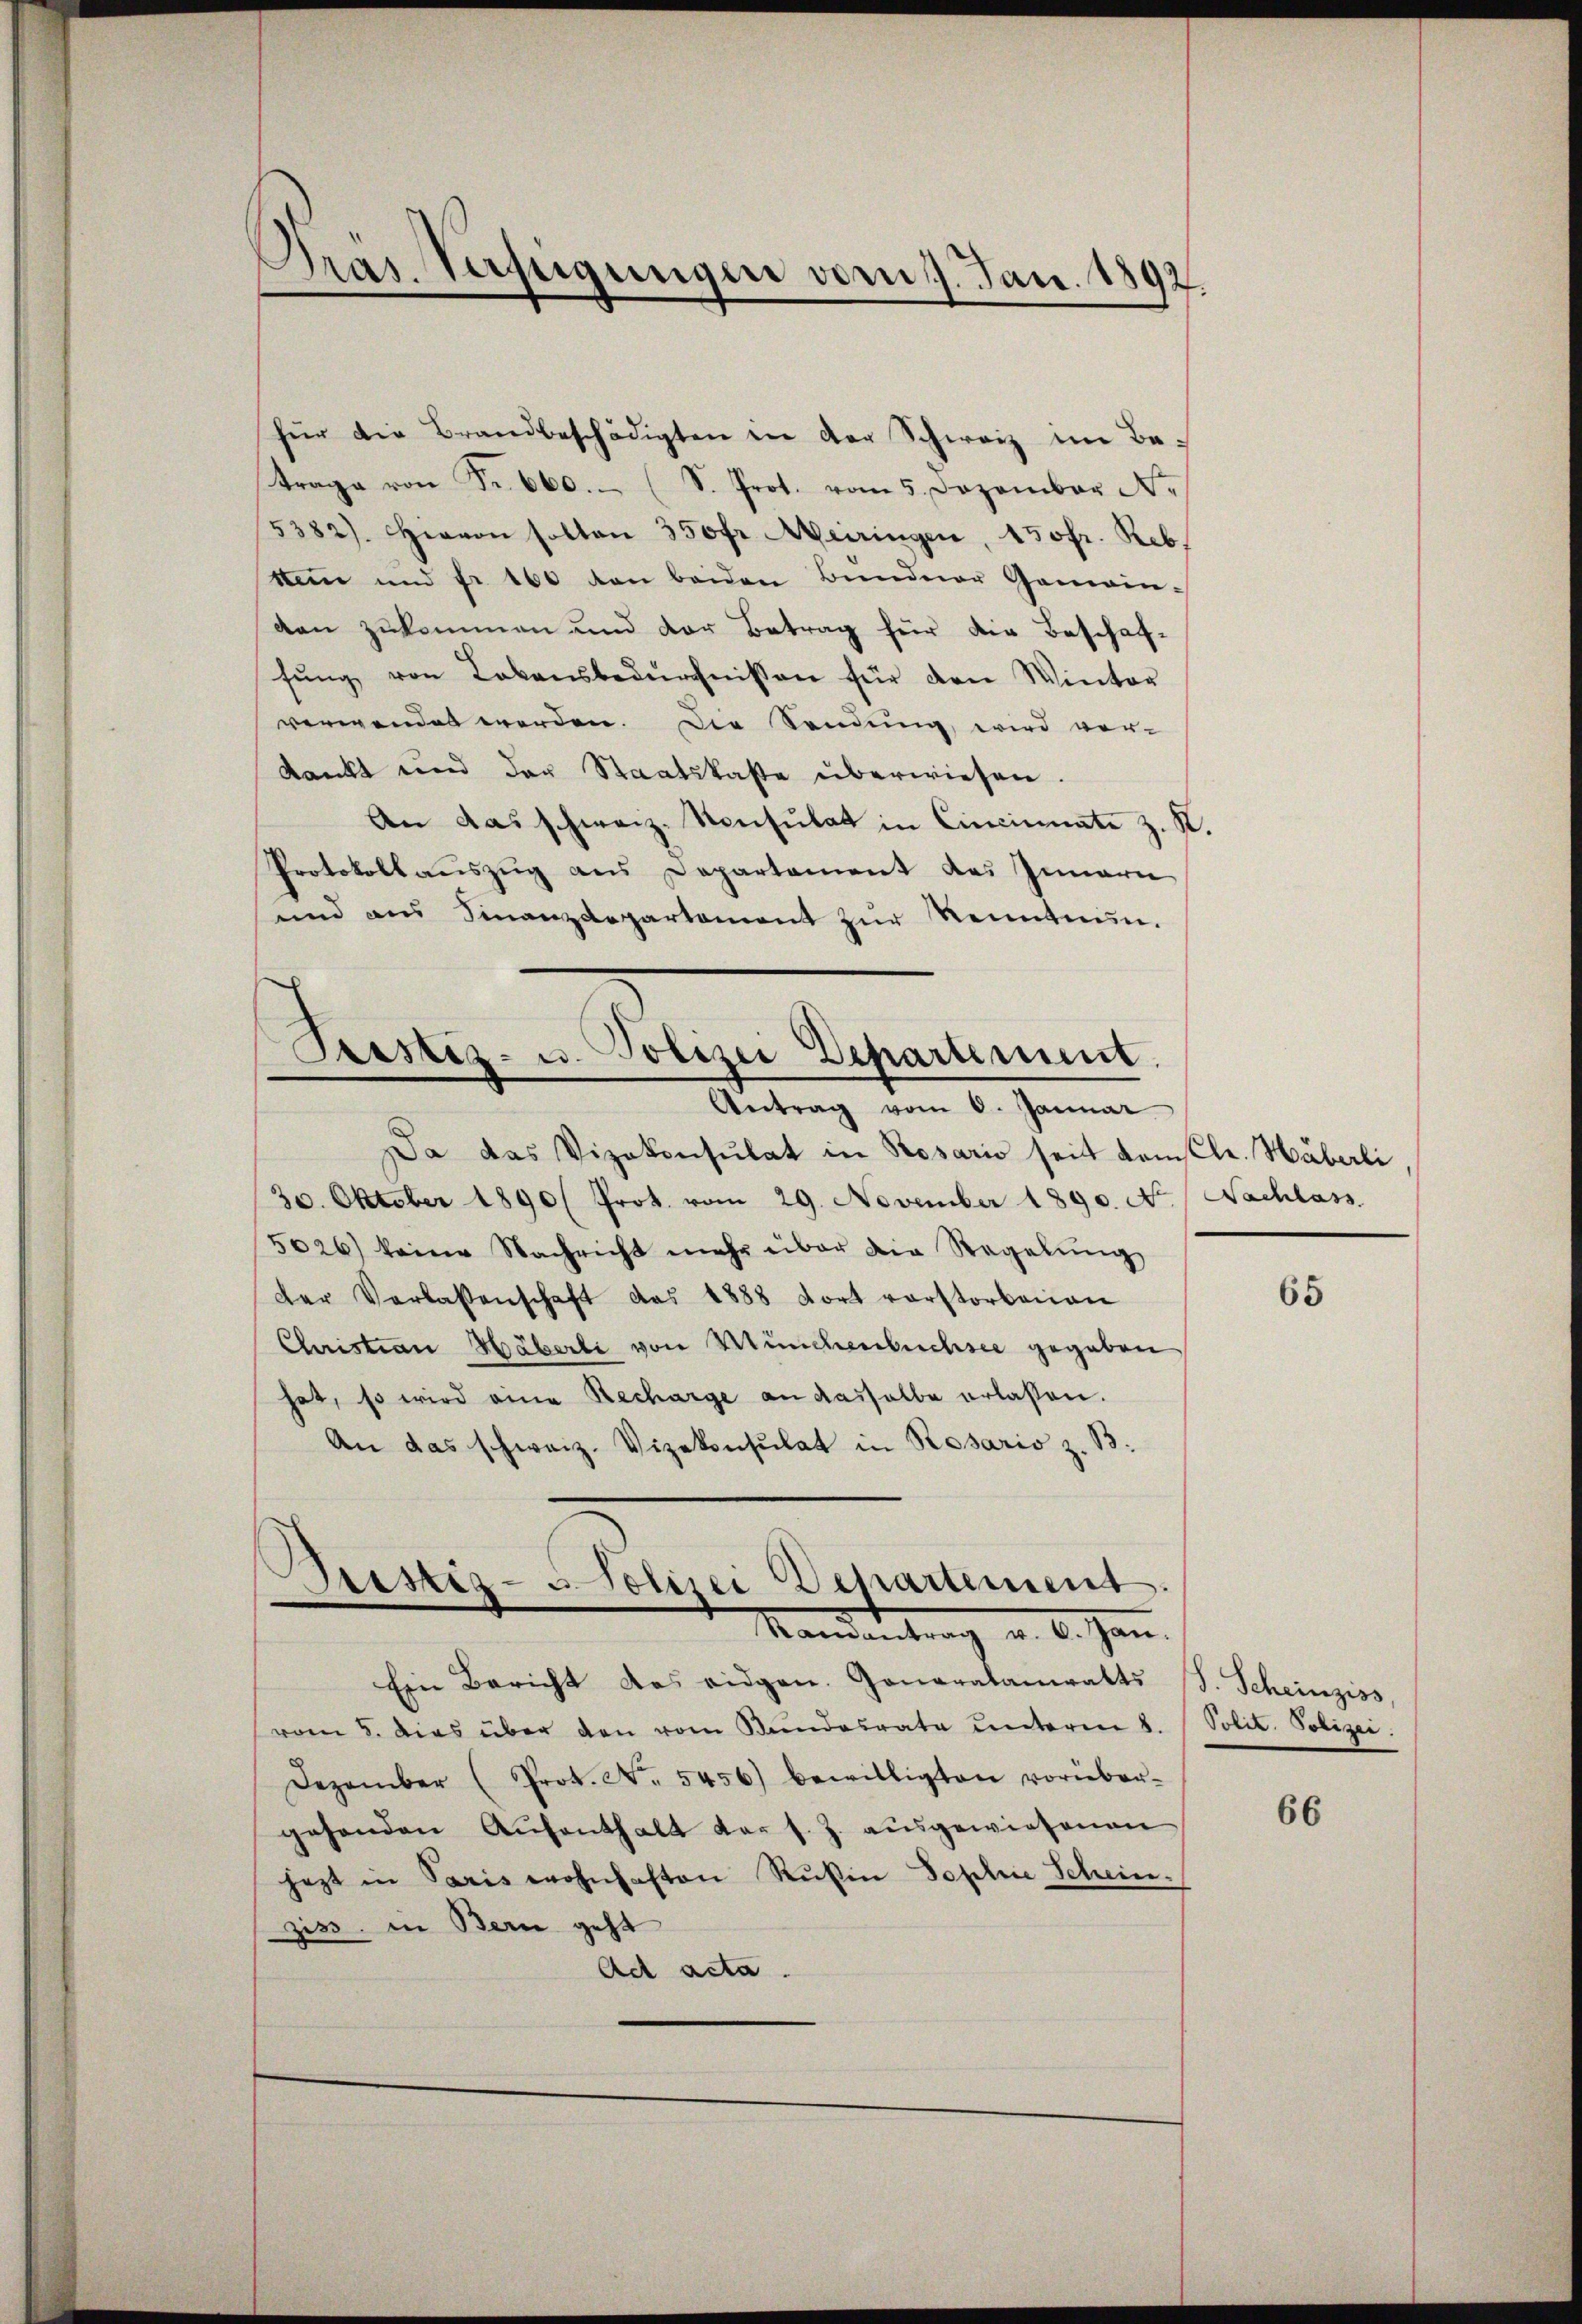
Präs. Verfügungen vom 17. Jan. 1892.

für die Brandbeschädigten in der Schweiz im Be-
trage von Fr. 660. (S. Prot. vom 5. Dezember N.
5382). Hievon solten 350fr. Meiringen, 150fr. Reb
ken und fr. 160 den beiden Bündner Gemein-
den zukommen und der Betrag für die Beschaf-
fŭng von Lebensbedürfnissen für den Winter
verwendet werden. Die Sendung, wird vor-
dankt und der Staatskaste überwiesen.
An das schweiz. Konsulat in Cincinnate z. R.
Protokollauszug aus Departament das Innern
und aus Finanzdepartement zŭr Kenntnun.

Prastiz- u. Polizei Departement.
Antrag vom 6. Januar

Da das Vizekonsulat in Rosario seit komele. Häberli
30. Oktober 1890 Prot. vom 29. November 1890. No. / Nachlass
5026) keine Nachricht mehr über die Regelŭng
der Verlassenschaft das 1888 fort vorstorbenen
Christian Häberli von Münchenbuchsee gegeben
hat, so wird eine Recharge an dasselbe erlassen.
An das schweiz. Vizekonsulat in Rosaris z. 13:
Prestiz- u. Polizei Departement.

Manden trag v. 6. Jan.

Ein Bericht das eidgen. Generalanwalts (S. Scheinziss,
vom 5. dies über den vom Bŭndesrate unteren 8. Polit. Polizei.
Dezember (Prot. No. 5456) bewilligten vorüber-
gehenden Aŭfenthalt das s. Z. aŭsgewiesenen
jezt in Paris wohnhaften Rußin Tepline Schein.
zis, in Bern geht
Act acta.

65

66